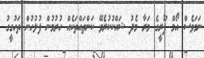
ނަމަވެސް އޯމް ޕޫރީގެ މަރާ މެދު ޝައްކުކުރެވޭ ކަންތައްތަކެއް ހުރުމުން ފުލުހުން ތަހުގީގު